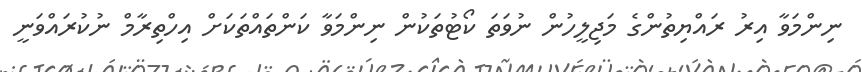
ނިންމަވާ އިރު ރައްޔިތުންގެ މަޖިލީހުން ނުވަތަ ކޯޓުތަކުން ނިންމަވާ ކަންތައްތަކަށް އިހްތިރާމް ނުކުރައްވަނީ